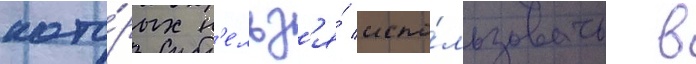
кото́рых н'ельз'я́ испо́льзовать в